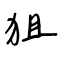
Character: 狙